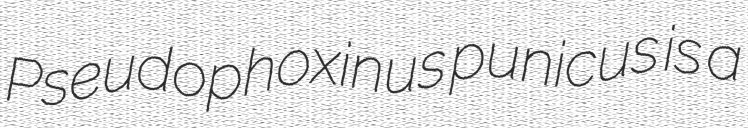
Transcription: Pseudophoxinus punicus is a